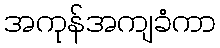
အကုန်အကျခံကာ